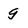
Character: g